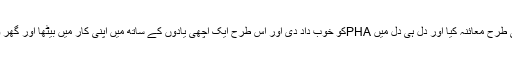
میں نے تمام گارڈن کا اچھی طرح معائنہ کیا اور دل ہی دل میں PHAکو خوب داد دی اور اِس طرح ایک اچھی یادوں کے ساتھ میں اپنی کار میں بیٹھا اور گھر واپسی کا سفر شروع کردیا ۔